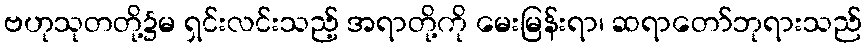
ဗဟုသုတတို့၌မ ရှင်းလင်းသည့် အရာတို့ကို မေးမြန်းရာ၊ ဆရာတော်ဘုရားသည်